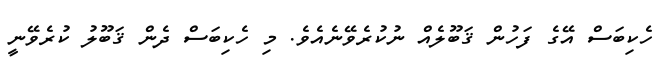
ހެކިބަސް އޭގެ ފަހުން ޤަބޫލެއް ނުކުރެވޭނެއެވެ. މި ހެކިބަސް ދެން ޤަބޫލު ކުރެވޭނީ